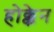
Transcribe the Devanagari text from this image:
होक्केन